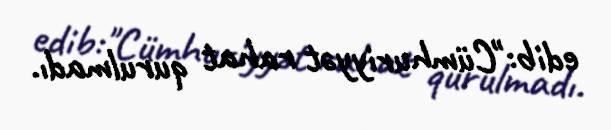
edib:"Cümhuriyyət rahat qurulmadı.